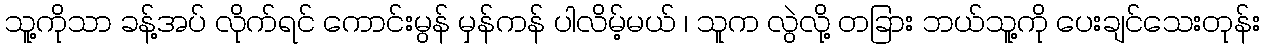
သူ့ကိုသာ ခန့်အပ် လိုက်ရင် ကောင်းမွန် မှန်ကန် ပါလိမ့်မယ် ၊ သူက လွဲလို့ တခြား ဘယ်သူ့ကို ပေးချင်သေးတုန်း